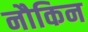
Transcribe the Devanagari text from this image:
नौकिन